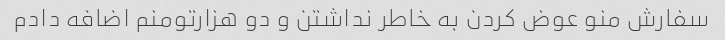
سفارش منو عوض کردن به خاطر نداشتن و دو هزارتومنم اضافه دادم